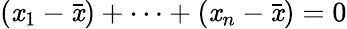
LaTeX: (\mathit{x}_{1}-{\bar{{\mathit{x}}}})+\dotsb+(\mathit{x}_{n}-{\bar{{\mathit{x}}}})=0